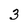
Character: 3